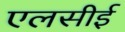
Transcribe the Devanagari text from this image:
एलसीई